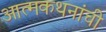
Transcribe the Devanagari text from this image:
आत्मकथनांची